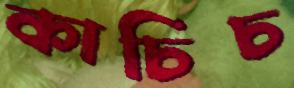
কাচিচ